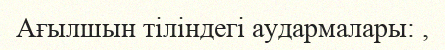
Ағылшын тіліндегі аудармалары: ,